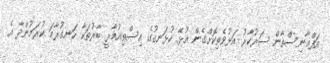
އަފްޣާނިސްތާން ސަރުކާރު އަޅުވެތިކޮށްގެން އުޅޭ ހުޅަނގުގެ އިސްތިއުމާރީ ބާރުތަކާ ހަނގުރާމަ ކުރަމުންދާ އެ